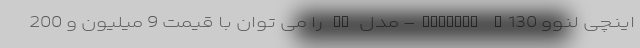
اینچی لنوو Ideapad V130- مدل PC را می توان با قیمت 9 میلیون و 200